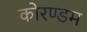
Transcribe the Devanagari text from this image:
कोरण्डम